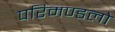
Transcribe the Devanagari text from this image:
परिमण्डलो